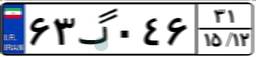
۶۳گ۰۴۶۳۱